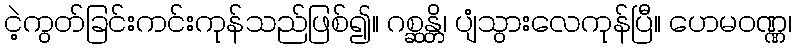
ငဲ့ကွတ်ခြင်းကင်းကုန်သည်ဖြစ်၍။ ဂစ္ဆန္တိ၊ ပျံသွားလေကုန်ပြီ။ ဟေမဝဏ္ဏ၊